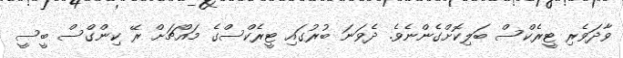
ވާދަވެރި ޓީރެކްސް ބަލިކޮށްގެންނެވެ. ދެވަނަ ބުރުގައި ޓީރެކްސްގެ މައްޗަށް ރޭ ކިންގްސް ބީސީ